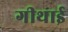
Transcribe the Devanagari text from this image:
गीथाई